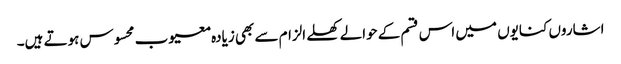
اشاروں کنایوں میں اس قسم کے حوالے کھلے الزام سے بھی زیادہ معیوب محسوس ہوتے ہیں۔